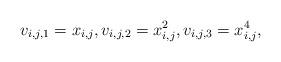
LaTeX: \begin{align*} v_{i,j,1}=x_{i,j},v_{i,j,2}=x_{i,j}^2,v_{i,j,3}=x_{i,j}^4,\end{align*}